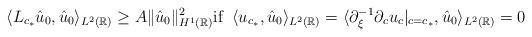
LaTeX: \begin{align*}\langle L_{c_*} \hat{u}_0,\hat{u}_0 \rangle_{L^2(\mathbb{R})} \geq A \| \hat{u}_0 \|_{H^1(\mathbb{R})}^2\mbox{\rm if} \;\; \langle u_{c_*}, \hat{u}_0 \rangle_{L^2(\mathbb{R})} =\langle \partial_{\xi}^{-1} \partial_c u_{c} |_{c = c_*}, \hat{u}_0 \rangle_{L^2(\mathbb{R})} = 0\end{align*}